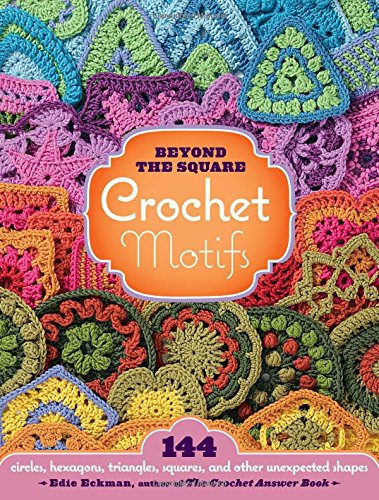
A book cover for Beyond the Square Crochet Motifs: 144 circles, hexagons, triangles, squares, and other unexpected shapes; Edie Eckman; Crafts, Hobbies & Home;